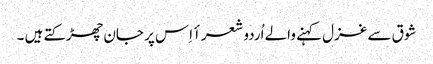
شوق سے غزل کہنے والے اُردو شعرأ اِس پر جان چھڑکتے ہیں ۔